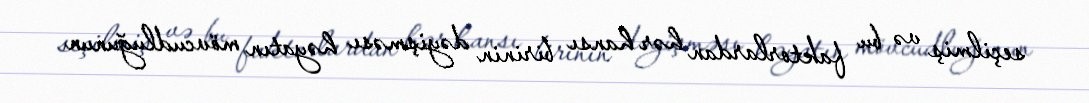
seçilmiş və bu faktorlardan hər hansı birinin dəyişməsı həyatın mövcudluğunun